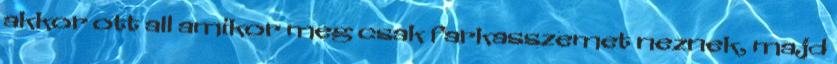
akkor ott all amikor meg csak farkasszemet neznek, majd